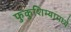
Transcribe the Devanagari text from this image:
फुकुशिम्यामध्ये